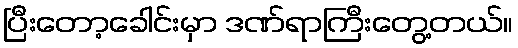
ပြီးတော့ခေါင်းမှာ ဒဏ်ရာကြီးတွေ့တယ်။